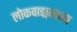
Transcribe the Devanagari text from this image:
लोकवाङ्मयाच्या